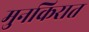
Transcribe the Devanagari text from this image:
मुनकिरात